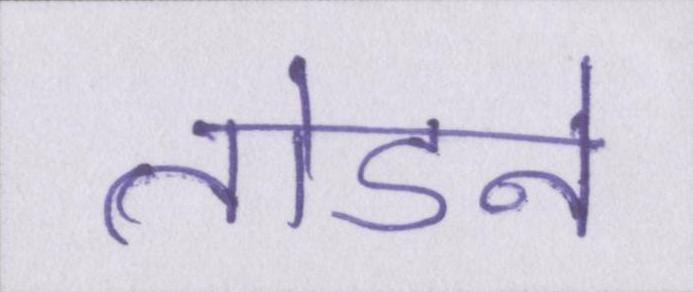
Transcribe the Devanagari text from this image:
तोडने